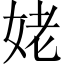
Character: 姥